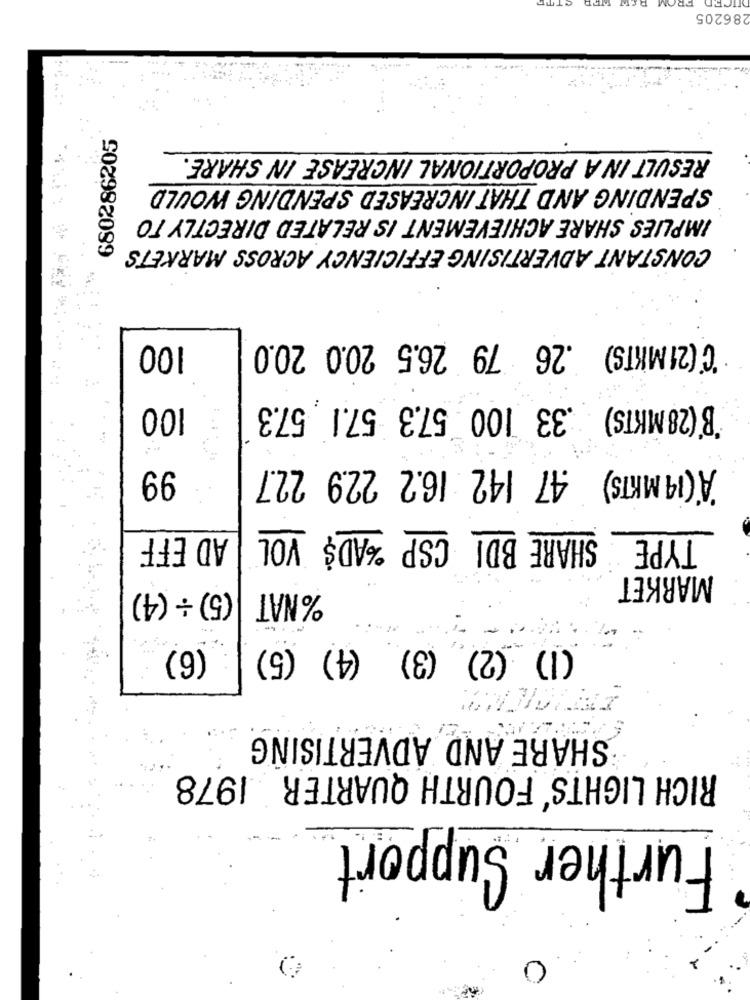
86205
680286205
RESULT IN A PROPORTIONAL INCREASE IN SHARE.
SPENDING AND THAT INCREASED SPENDING WOULD
IMPLIES SHARE ACHIEVEMENT IS RELATED DIRECTLY TO
CONSTANT ADVERTISING EFFICIENCY ACROSS MARKETS
100
℃ (21 MKTS) .26 79 26.5 20.0 20.0
100
B'(28 MKTS) 33 100 57.3 57.1 57.3
99
A (14 MKTS) .47 142 16.2 22.9 22.7
SHARE BDI CSP %ADS VOL
AD EFF
TYPE
MARKET
(5) +(4)
%NAT
(6)
(1) (2) (3) (4) (5)
SHARE AND ADVERTISING
RICH LIGHTS FOURTH QUARTER 1978
Further Support